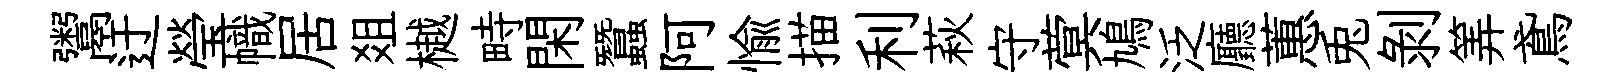
鬻迂瑩幟居爼樾畤閑蠶阿愉描利萩守蓂鳩泛廳蕙兎剥筭鳶